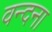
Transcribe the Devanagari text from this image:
वन्‍दना